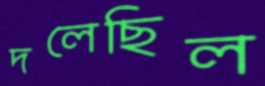
দলেছিল